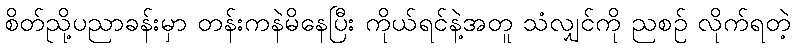
စိတ်ညို့ပညာခန်းမှာ တန်းကနဲမိနေပြီး ကိုယ်ရင်နဲ့အတူ သံလျှင်ကို ညစဉ် လိုက်ရတဲ့